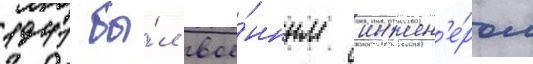
1941 бы́л вое́нным инжен'е́ром